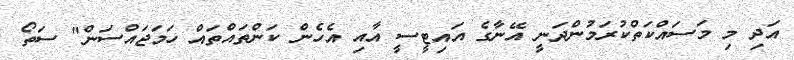
އަދި މި މަސައްކަތްކުރަމުންދަނީ އޭނާގެ އައިޓީސީ އާއި އެހެން ކަންތައްތައް ހަމަޖައްސަން" ސަތޯ